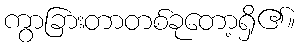
ကွာခြားတာတစ်ခုတော့ရှိ၏။